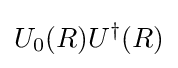
U_{0}(R)U^{\dagger }(R)